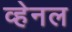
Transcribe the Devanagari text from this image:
व्हेनल